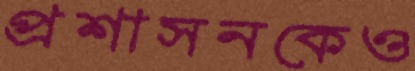
প্রশাসনকেও